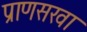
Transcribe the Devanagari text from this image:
प्राणसखा